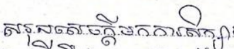
សរុបសេចក្តីមកការសិក្សា